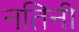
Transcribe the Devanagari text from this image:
नतिनी